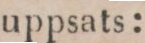
uppsats: